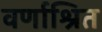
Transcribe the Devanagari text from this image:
वर्णाश्रित